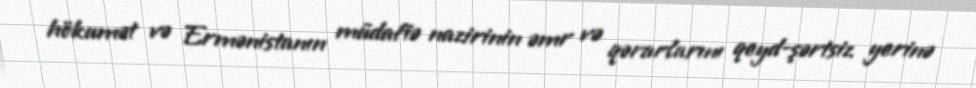
hökumət və Ermənistanın müdafiə nazirinin əmr və qərarlarını qeyd-şərtsiz yerinə